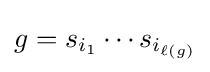
g=s_{i_{1}}\cdots s_{i_{\ell (g)}}